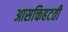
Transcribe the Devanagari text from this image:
आसक्तिहटती